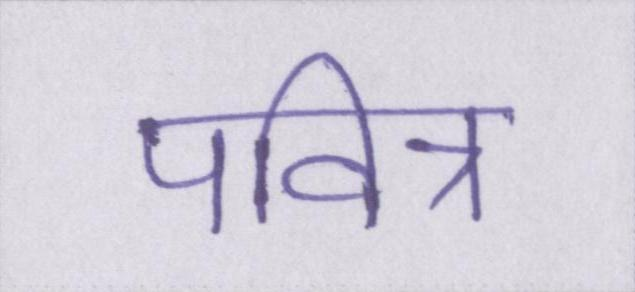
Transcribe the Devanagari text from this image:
पवित्र